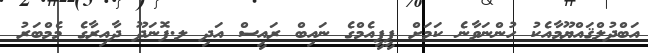
އަބްދުލްޤައްޔޫމާއެކު ހުންނަވާނެ ކަމަށް ޕީޕީއެމްގެ ނައިބް ރައީސް އަދި ލ.ފޮނަދޫ ދާއިރާގެ މެމްބަރު